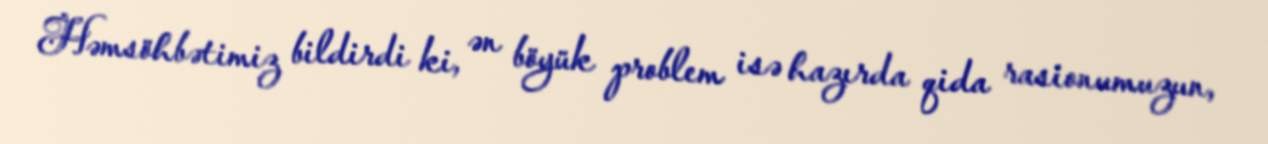
Həmsöhbətimiz bildirdi ki, ən böyük problem isə hazırda qida rasionumuzun,